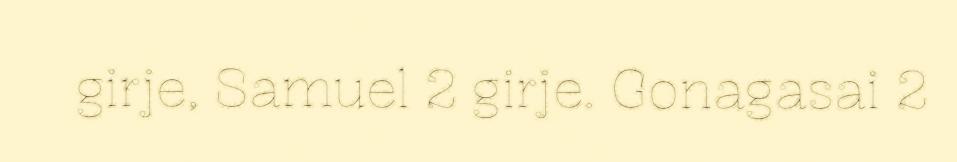
girje, Samuel 2 girje. Gonagasai 2